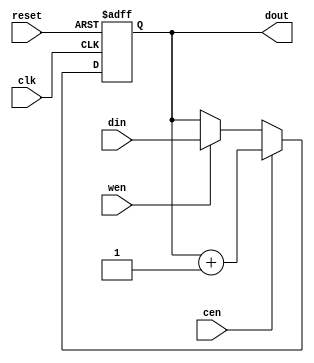
module pc1 //(clk, reset, cen, wen, din, dout);
  #(
    parameter WIDTH= 32
   )
   (
    input wire 		    clk,
    input wire 		    reset,
    input wire 		    cen,
    input wire 		    wen,
    input wire [WIDTH-1:0]  din,
    output wire [WIDTH-1:0] dout
    );
   
   reg [WIDTH-1:0] 	    r;
   
   always @(posedge clk, posedge reset)
     begin
	if (reset)
	  r <= 0;
	else
	  begin
	     if (cen)
	       r <= r+1;
	     else if (wen)
	       r <= din;
	  end
     end

   assign dout= r;
   
endmodule // pc1